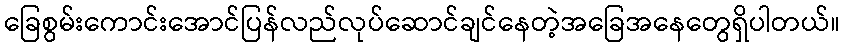
ခြေစွမ်းကောင်းအောင်ပြန်လည်လုပ်ဆောင်ချင်နေတဲ့အခြေအနေတွေရှိပါတယ်။